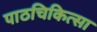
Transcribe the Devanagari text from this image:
पाठचिकित्सा